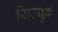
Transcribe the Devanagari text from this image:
सिल्युक